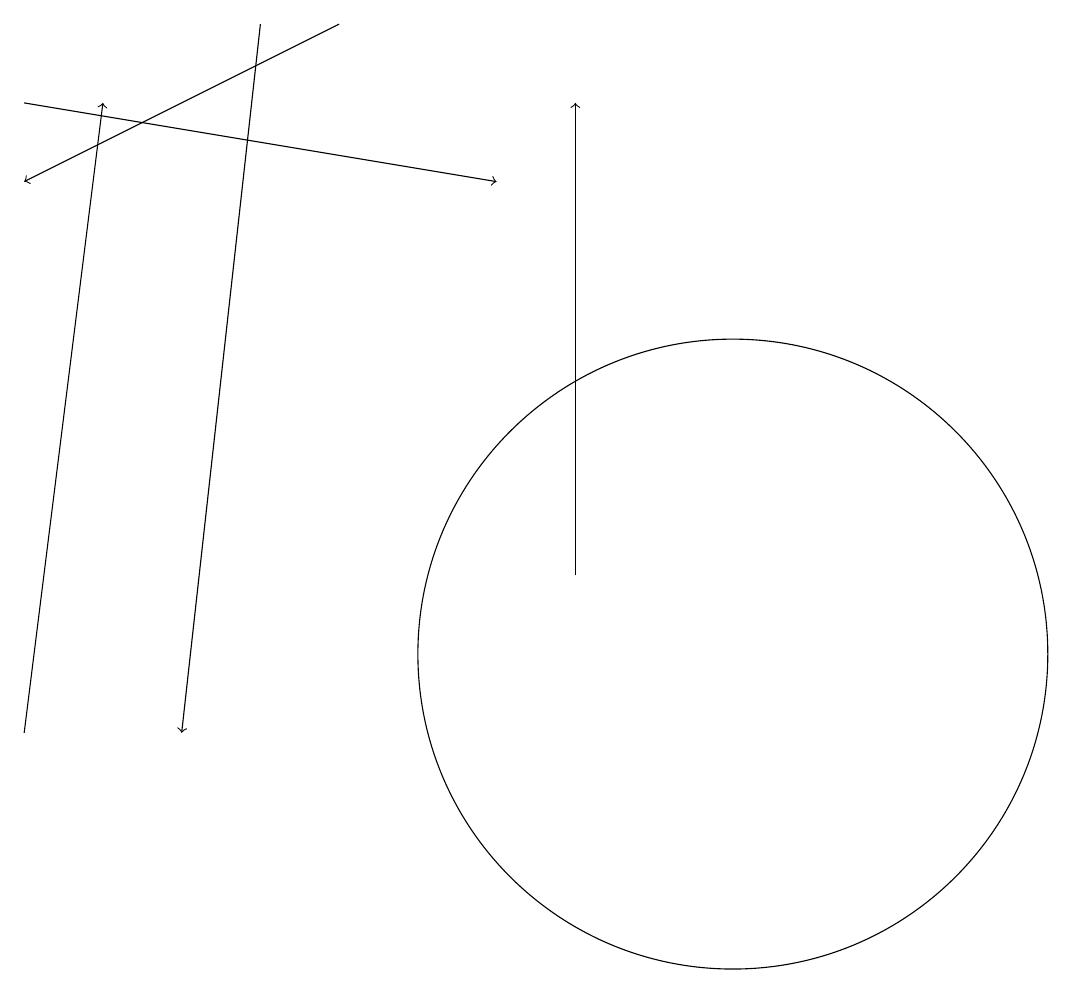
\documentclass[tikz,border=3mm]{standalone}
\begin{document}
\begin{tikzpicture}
\draw[->] (5,19) -- (4,10);
\draw[->] (9,12) -- (9,18);
\draw[->] (2,10) -- (3,18);
\draw[->] (2,18) -- (8,17);
\draw[->] (6,19) -- (2,17);
\draw (11,11) circle (4);
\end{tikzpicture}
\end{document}